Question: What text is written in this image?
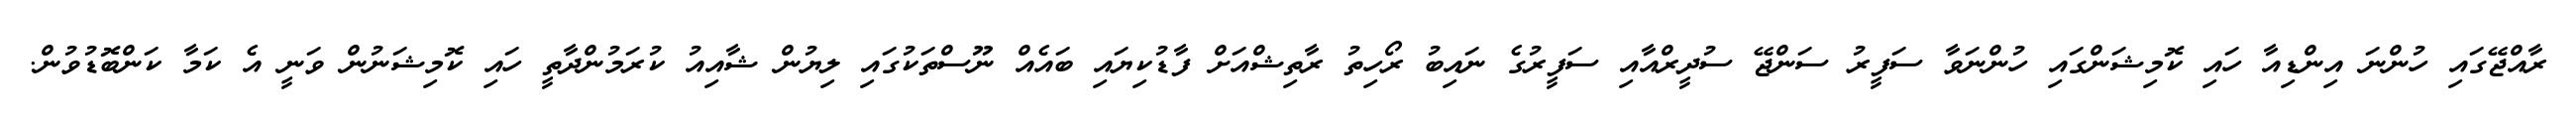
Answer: ރާއްޖޭގައި ހުންނަ އިންޑިއާ ހައި ކޮމިޝަންގައި ހުންނަވާ ސަފީރު ސަންޖޭ ސުދީރްއާއި ސަފީރުގެ ނައިބު ރޯހިތު ރާތިޝްއަށް ފާޑުކިޔައި ބައެއް ނޫސްތަކުގައި ލިޔުން ޝާއިއު ކުރަމުންދާތީ ހައި ކޮމިޝަނުން ވަނީ އެ ކަމާ ކަންބޮޑުވުން.